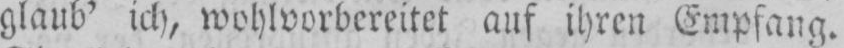
glaub’ ich, wohlvorbereitet auf ihren Empfang.